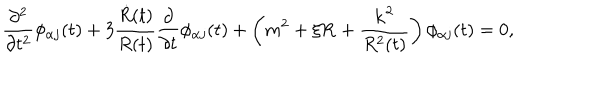
LaTeX: \frac { \partial ^ { 2 } } { \partial t ^ { 2 } } \phi _ { \alpha j } ( t ) + 3 \frac { \dot { R } ( t ) } { R ( t ) } \frac { \partial } { \partial t } \phi _ { \alpha j } ( t ) + \left( m ^ { 2 } + \xi { \bf R } + \frac { { \bf k } ^ { 2 } } { R ^ { 2 } ( t ) } \right) \phi _ { \alpha j } ( t ) = 0 ,